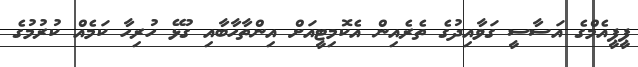
ޕީޕީއެމްގެ އަސާސީ ގަވާއިދުގެ ތެރެއިން އެކޮމިޓީއަށް އިންތާހާބާއި ގުޅޭ ހުރިހާ ކަމެއް ކުރުމުގެ